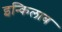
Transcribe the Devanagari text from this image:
इन्किलाब